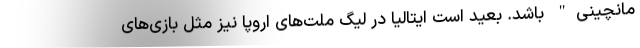
مانچینی" باشد. بعید است ایتالیا در لیگ ملت‌های اروپا نیز مثل بازی‌های